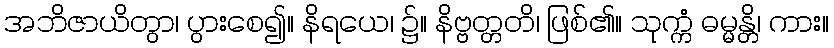
အဘိဇာယိတွာ၊ ပွားစေ၍။ နိရယေ၊ ၌။ နိဗ္ဗတ္တတိ၊ ဖြစ်၏။ သုက္ကံ ဓမ္မန္တိ၊ ကား။